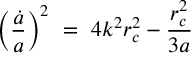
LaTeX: \left( { \frac { \dot { a } } { a } } \right) ^ { 2 } \ = \ 4 k ^ { 2 } r _ { c } ^ { 2 } - { \frac { \l r _ { c } ^ { 2 } } { 3 a } }